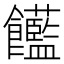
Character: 𩟺